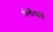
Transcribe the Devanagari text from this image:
पोलीसांची